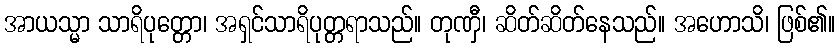
အာယသ္မာ သာရိပုတ္တော၊ အရှင်သာရိပုတ္တရာသည်။ တုဏှီ၊ ဆိတ်ဆိတ်နေသည်။ အဟောသိ၊ ဖြစ်၏။